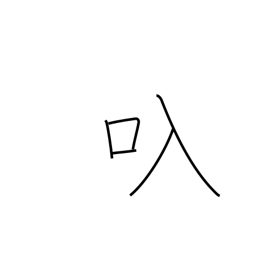
Meaning: straw bag